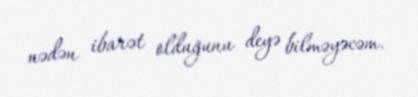
nədən ibarət olduğunu deyə bilməyəcəm.